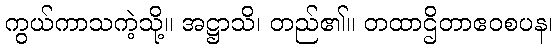
ကွယ်ကာသကဲ့သို့။ အဋ္ဌာသိ၊ တည်၏။ တထာဌိတာဧဝစပန၊